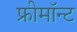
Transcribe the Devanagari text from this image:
फ्रीमॉन्‍ट